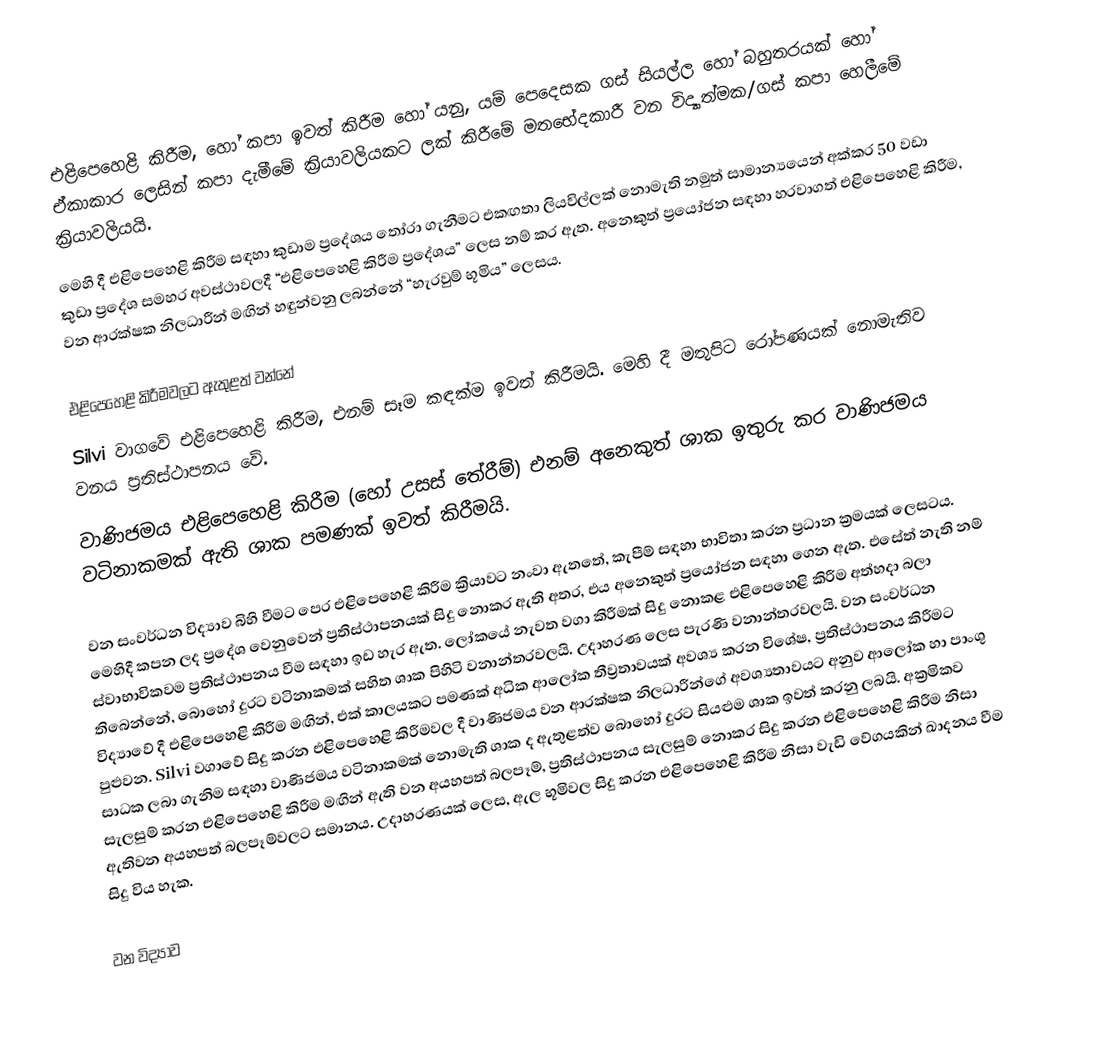
එළිපෙහෙළි කිරීම, හෝ කපා ඉවත් කිරීම හෝ යනු, යම් පෙදෙසක ගස් සියල්ල හෝ බහුතරයක් හෝ ඒකාකාර ලෙසින් කපා දැමීමේ ක්‍රියාවලියකට ලක් කිරීමේ මතභේදකාරී වන විද්‍යාත්මක/ගස් කපා හෙලීමේ ක්‍රියාවලියයි.
මෙහි දී එළිපෙහෙළි කිරීම සඳහා කුඩාම ප්‍රදේශය තෝරා ගැනීමට එකඟතා ලියවිල්ලක් නොමැති නමුත් සාමාන්‍යයෙන් අක්කර 50 වඩා කුඩා ප්‍රදේශ සමහර අවස්ථාවලදී “එළිපෙහෙළි කිරීම ප්‍රදේශය” ලෙස නම් කර ඇත. අනෙකුත් ප්‍රයෝජන සඳහා හරවාගත් එළිපෙහෙළි කිරීම, වන ආරක්ෂක නිලධාරීන් මඟින් හඳුන්වනු ලබන්නේ “හැරවුම් භූමිය” ලෙසය.

එළිපෙහෙළි කිරීමවලට ඇතුළත් වන්නේ
 Silvi වාගවේ එළිපෙහෙළි කිරීම, එනම් සෑම කඳක්ම ඉවත් කිරීමයි. මෙහි දී මතුපිට රෝපණයක් නොමැතිව වනය ප්‍රතිස්ථාපනය වේ.
 වාණිජමය එළිපෙහෙළි කිරීම (හෝ උසස් තේරීම්) එනම් අනෙකුත් ශාක ඉතුරු කර වාණිජමය වටිනාකමක් ඇති ශාක පමණක් ඉවත් කිරීමයි.

වන සංවර්ධන විද්‍යාව බිහි වීමට පෙර එළිපෙහෙළි කිරීම ක්‍රියාවට නංවා ඇතතේ, කැපීම් සඳහා භාවිතා කරන ප්‍රධාන ක්‍රමයක් ලෙසටය. මෙහිදී කපන ලද ප්‍රදේශ වෙනුවෙන් ප්‍රතිස්ථාපනයක් සිදු නොකර ඇති අතර, එය අනෙකුත් ප්‍රයෝජන සඳහා ගෙන ඇත. එසේත් නැති නම් ස්වාභාවිකවම ප්‍රතිස්ථාපනය වීම සඳහා ඉඩ හැර ඇත. ලෝකයේ නැවත වගා කිරීමක් සිදු නොකළ එළිපෙහෙළි කිරීම අත්හදා බලා තිබෙන්නේ, බොහෝ දුරට වටිනාකමක් සහිත ශාක පිහිටි වනාන්තරවලයි. උදාහරණ ලෙස පැරණි වනාන්තරවලයි. වන සංවර්ධන විද්‍යාවේ දී එළිපෙහෙළි කිරීම මඟින්, එක් කාලයකට පමණක් අධික ආලෝක තීව්‍රතාවයක් අවශ්‍ය කරන විශේෂ, ප්‍රතිස්ථාපනය කිරීමට පුළුවන. Silvi වගාවේ සිදු කරන එළිපෙහෙළි කිරීමවල දී වාණිජමය වන ආරක්ෂක නිලධාරීන්ගේ අවශ්‍යතාවයට අනුව ආලෝක හා පාංශු සාධක ලබා ගැනිම සඳහා වාණිජමය වටිනාකමක් නොමැති ශාක ද ඇතුළත්ව බොහෝ දුරට සියළුම ශාක ඉවත් කරනු ලබයි. අක්‍රමිකව සැලසුම් කරන එළිපෙහෙළි කිරීම මඟින් ඇති වන අයහපත් බලපෑම්, ප්‍රතිස්ථාපනය සැලසුම් නොකර සිදු කරන එළිපෙහෙළි කිරීම නිසා ඇතිවන අයහපත් බලපෑම්වලට සමානය. උදාහරණයක් ලෙස, ඇල භූමිවල සිදු කරන එළිපෙහෙළි කිරීම නිසා වැඩි වේග‍යකින් ඛාදනය වීම සිදු විය හැක.

වන විද්‍යාව